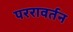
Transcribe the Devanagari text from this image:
पररावर्तन